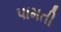
પામતી